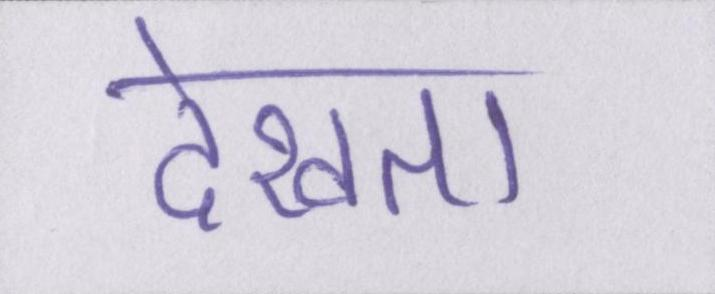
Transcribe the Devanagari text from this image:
देखता